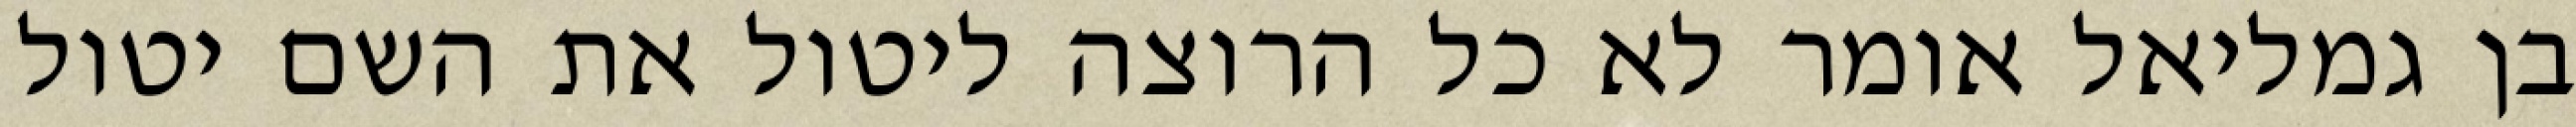
בן גמליאל אומר לא כל הרוצה ליטול את השם יטול